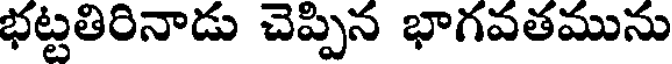
భట్టతిరినాడు చెప్పిన భాగవతమును